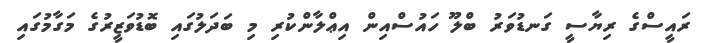
ރައީސްގެ ރިޔާސީ ގަނޑުވަރު ބްލޫ ހައުސްއިން އިޢްލާންކުރި މި ބަދަލުގައި ބޮޑުވަޒީރުގެ މަގާމުގައި